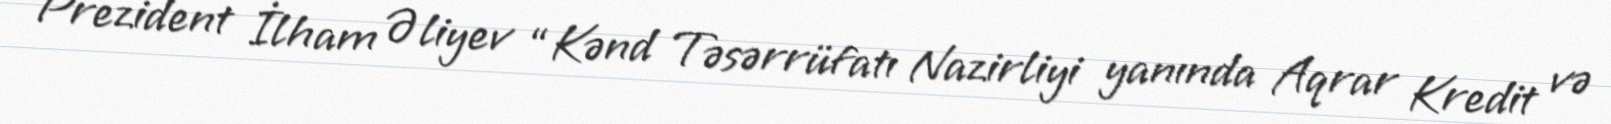
Prezident İlham Əliyev “Kənd Təsərrüfatı Nazirliyi yanında Aqrar Kredit və